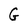
Character: G